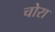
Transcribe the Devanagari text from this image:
चोरा